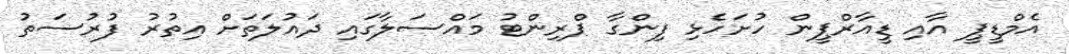
އެމްޑީޕީ އާއި ޑީއާރްޕީން ހުށަހެޅި ފިންގާ ޕްރިންޓު މައްސަލާގައި ދައުލަތަށް އިތުރު ފުރުސަތު